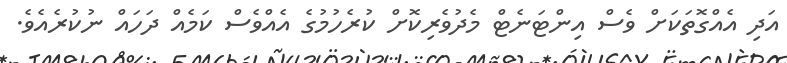
އަދި އެއްގޮތަކަށް ވެސް އިންޓަނެޓް މެދުވެރިކޮށް ކުރެހުމުގެ އެއްވެސް ކަމެއް ދަހައް ނުކުރެއެވެ.